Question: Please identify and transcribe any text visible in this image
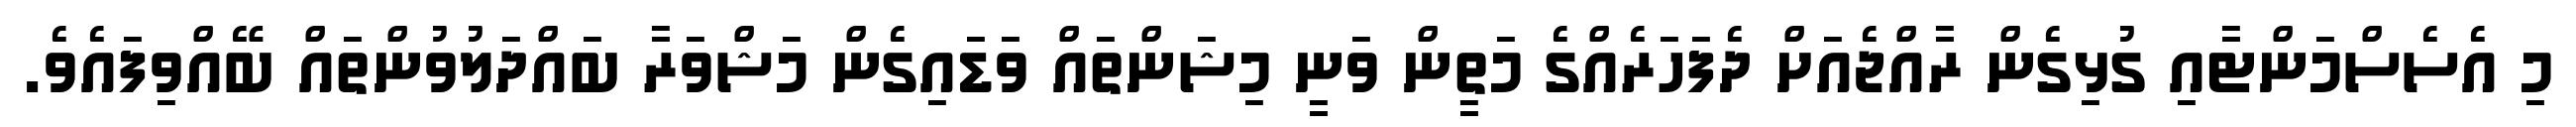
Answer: މި އެސެސްމަންޓާއި ގުޅިގެން ރާއްޖެއަށް ދެފަހަރެއްގެ މަތީން ވަނީ މިޝަންތައް ވަޑައިގެން މަޝްވަރާ ބައްދަލުވުންތައް ބޭއްވިފައެވެ.